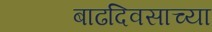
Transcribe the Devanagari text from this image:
बाढदिवसाच्या